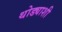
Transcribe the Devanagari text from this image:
थोड्याशी